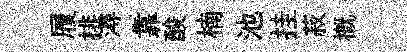
履排潯靠酸楠池挂菽槪